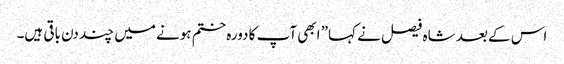
اس کے بعد شاہ فیصل نے کہا” ابھی آپ کا دورہ ختم ہونے میں چند دن باقی ہیں۔